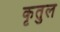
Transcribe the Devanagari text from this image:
कृतुल